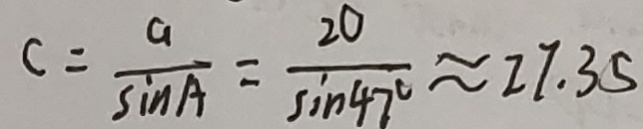
C = \frac { a } { \sin A } = \frac { 2 0 } { \sin 4 7 ^ { \circ } } \approx 2 7 . 3 5